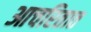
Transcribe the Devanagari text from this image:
आचरितात